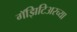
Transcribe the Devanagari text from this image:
गॅझिटिअरच्या